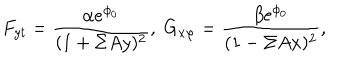
LaTeX: F _ { y t } = \frac { \alpha e ^ { \phi _ { 0 } } } { ( 1 + \Sigma A y ) ^ { 2 } } , \; G _ { x \varphi } = \frac { \beta e ^ { \phi _ { 0 } } } { ( 1 - \Sigma A x ) ^ { 2 } } ,